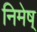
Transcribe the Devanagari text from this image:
निमेष्